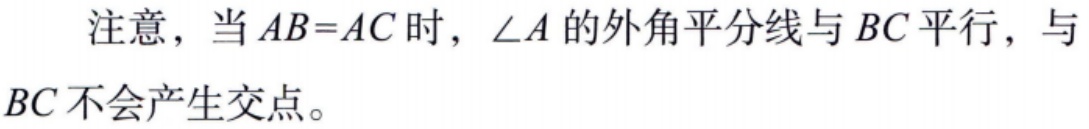
注意，当 \(AB = AC\) 时，\(\angle A\) 的外角平分线与 \(BC\) 平行，与 \(BC\) 不会产生交点。